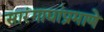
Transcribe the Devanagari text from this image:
सारंगाद्यांप्रमाणे